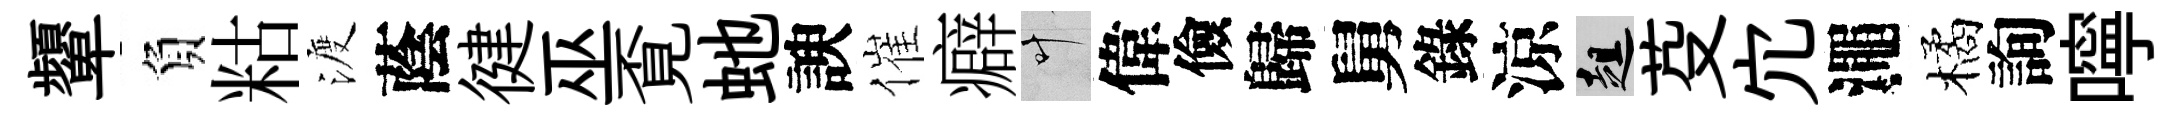
顰負䊀渡蔭徤巫覔虵諛催癖叶偉儉歸舅錄涼趄芟宂澠橘詢嚀